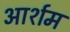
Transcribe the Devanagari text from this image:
आर्शम